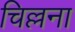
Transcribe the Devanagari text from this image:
चिल्लना